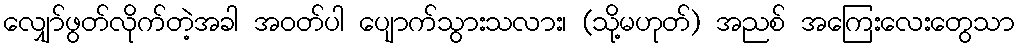
လျှော်ဖွတ်လိုက်တဲ့အခါ အဝတ်ပါ ပျောက်သွားသလား၊ (သို့မဟုတ်) အညစ် အကြေးလေးတွေသာ